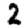
Digit: 2